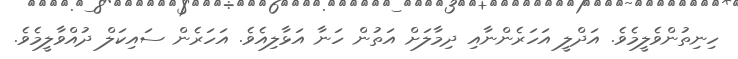
ހިނިތުންވެލީމެވެ. އަދްލީ އަހަރެންނާއި ދިމާލަށް އަތުން ހަނާ އަޅާލިއެވެ. އަހަރެން ސައިކަލް ދުއްވާލީމެވެ.